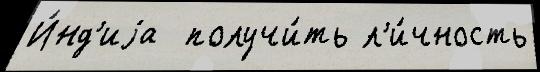
И́нд'иjа  получи́ть л'и́чность